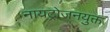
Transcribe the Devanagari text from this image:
नायट्रोजनयुक्त